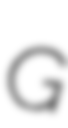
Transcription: G